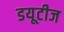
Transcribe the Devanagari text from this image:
डयूटीज